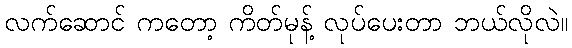
လက်ဆောင် ကတော့ ကိတ်မုန့် လုပ်ပေးတာ ဘယ်လိုလဲ။